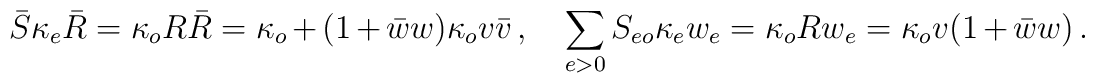
\bar{S}\kappa _{e}\bar{R}=\kappa _{o}R\bar{R}=\kappa _{o}+(1+\bar{w}w)\kappa_{o}v\bar{v}\,,\quad \sum_{e>0}S_{eo}\kappa _{e}w_{e}=\kappa_{o}Rw_{e}=\kappa _{o}v(1+\bar{w}w)\,.